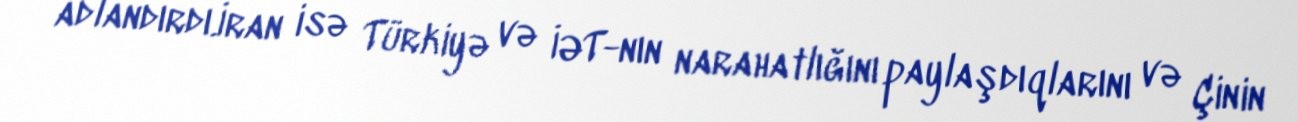
adlandırdı.İran isə Türkiyə və İƏT-nın narahatlığını paylaşdıqlarını və Çinin